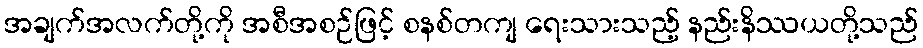
အချက်အလက်တို့ကို အစီအစဉ်ဖြင့် စနစ်တကျ ရေးသားသည့် နည်းနိဿယတို့သည်